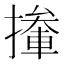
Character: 撪